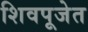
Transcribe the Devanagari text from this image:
शिवपूजेत